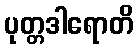
ပုတ္တဒါရောတိ